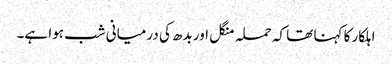
اہلکار کا کہنا تھا کہ حملہ منگل اور بدھ کی درمیانی شب ہوا ہے۔